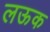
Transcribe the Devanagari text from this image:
लऊक